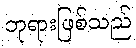
ဘုရားဖြစ်သည်